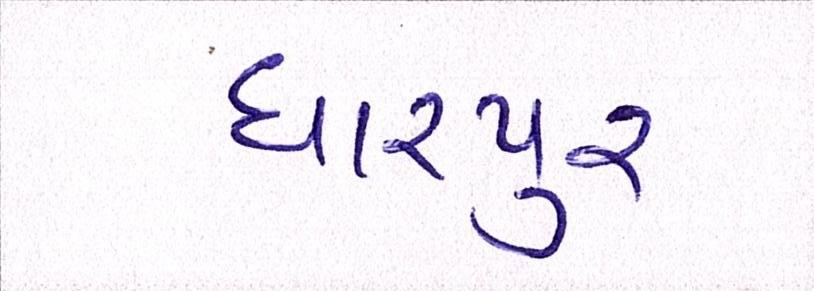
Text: ધારપુર